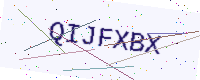
Text: QIJFXBX